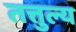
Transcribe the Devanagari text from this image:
तत्तुल्य